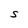
Character: S